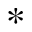
*